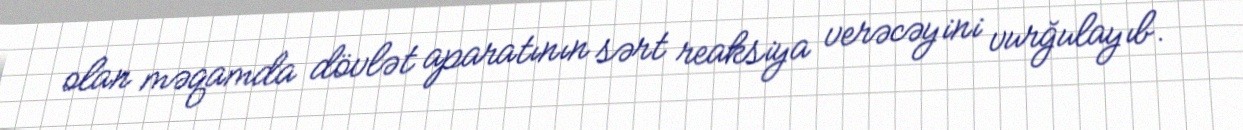
olan məqamda dövlət aparatının sərt reaksiya verəcəyini vurğulayıb.